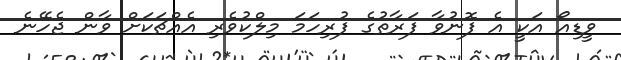
ވީޑިއޯ އަކީ އެ ފޮނުވާ ފަރާތުގެ ފުރިހަމަ މިލްކުވެރި އެއްޗަކަށް ވާން ޖެހޭނެ